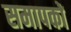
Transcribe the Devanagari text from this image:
समापकों